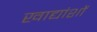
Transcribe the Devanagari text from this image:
खाद्यांशों